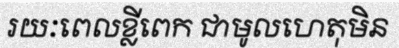
រយៈពេលខ្លីពេក ជាមូលហេតុមិន